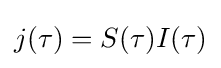
j(\tau )=S(\tau )I(\tau )